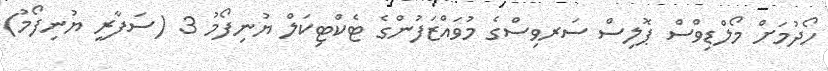
ހޯދުމަށް މޯލްޑިވްސް ޕޮލިސް ސަރވިސްގެ މުވައްޒަފުންގެ ޓެކްޓިކަލް ޔުނިފޯމު 3 (ސަފާރީ ޔުނިފޯމު)